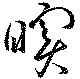
瞑